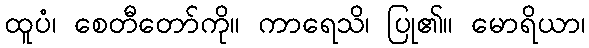
ထူပံ၊ စေတီတော်ကို။ ကာရေသိ၊ ပြု၏။ မောရိယာ၊